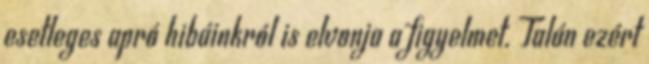
esetleges apró hibáinkról is elvonja a figyelmet. Talán ezért